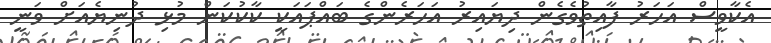
އެކާވީސް އަހަރު ފާއިތުވެގެން ދިޔައިރު އަހަރެންގެ ބައްޕައަކީ ކާކުކަން މުޅި ދުނިޔެއަށް ވަނީ